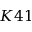
K 4 1